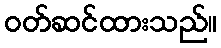
ဝတ်ဆင်ထားသည်။